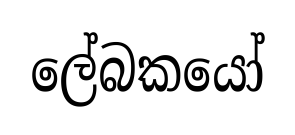
ලේබකයෝ